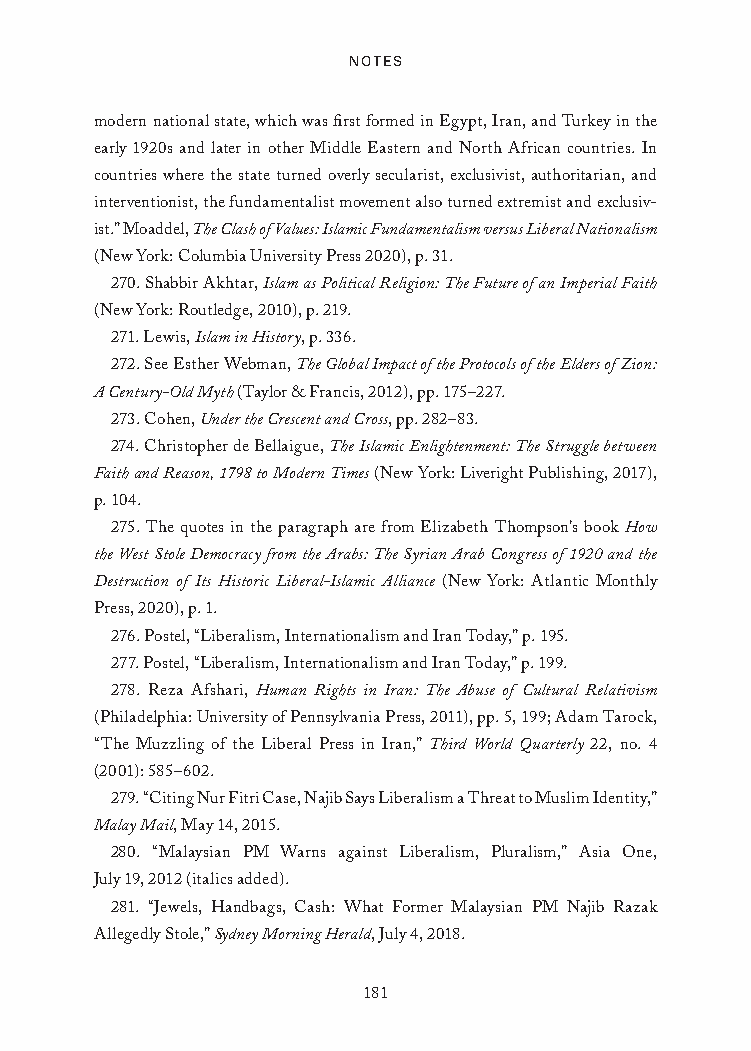
Notes
 modern national state, which was first formed in Egypt, Iran, and Turkey in the
 early 1920s and later in other Middle Eastern and North African countries. In
 countries where the state turned overly secularist, exclusivist, authoritarian, and
 interventionist, the fundamentalist movement also turned extremist and exclusiv-
 ist.” Moaddel, The Clash of Values: Islamic Fundamentalism versus Liberal Nationalism
 (New York: Columbia University Press 2020), p. 31.
 270. Shabbir Akhtar, Islam as Political Religion: The Future of an Imperial Faith
 (New York: Routledge, 2010), p. 219.
 271. Lewis, Islam in History, p. 336.
 272. See Esther Webman, The Global Impact of the Protocols of the Elders of Zion:
 A Century-Old Myth (Taylor & Francis, 2012), pp. 175–227.
 273. Cohen, Under the Crescent and Cross, pp. 282–83.
 274. Christopher de Bellaigue, The Islamic Enlightenment: The Struggle between
 Faith and Reason, 1798 to Modern Times (New York: Liveright Publishing, 2017),
 p. 104.
 275. The quotes in the paragraph are from Elizabeth Thompson’s book How
 the West Stole Democracy from the Arabs: The Syrian Arab Congress of 1920 and the
 Destruction of Its Historic Liberal-Islamic Alliance (New York: Atlantic Monthly
 Press, 2020), p. 1.
 276. Postel, “Liberalism, Internationalism and Iran Today,” p. 195.
 277. Postel, “Liberalism, Internationalism and Iran Today,” p. 199.
 278. Reza Afshari, Human Rights in Iran: The Abuse of Cultural Relativism
 (Philadelphia: University of Pennsylvania Press, 2011), pp. 5, 199; Adam Tarock,
 “The Muzzling of the Liberal Press in Iran,” Third World Quarterly 22, no. 4
 (2001): 585–602.
 279. “Citing Nur Fitri Case, Najib Says Liberalism a Threat to Muslim Identity,”
 Malay Mail, May 14, 2015.
 280. “Malaysian PM Warns against Liberalism, Pluralism,” Asia One,
 July 19, 2012 (italics added).
 281. “Jewels, Handbags, Cash: What Former Malaysian PM Najib Razak
 Allegedly Stole,” Sydney Morning Herald, July 4, 2018.
 181
 25320_Ch12_Notes.indd 181              24/06/2021 10:34 AM